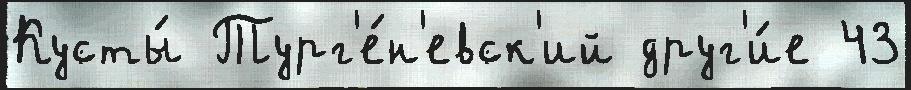
Кусты́ Тург'е́н'евск'ий друг'и́е 43